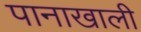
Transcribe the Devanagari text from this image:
पानाखाली